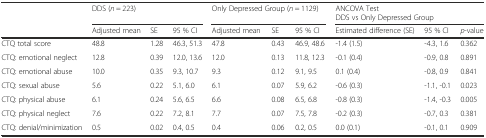
<table><thead><tr><td></td><td colspan="3"><b>DDS (<i>n</i> = 223)</b></td><td colspan="3"><b>Only Depressed Group (<i>n</i> = 1129)</b></td><td colspan="3"><b>ANCOVA TestDDS vs Only Depressed Group</b></td></tr><tr><td></td><td><b>Adjusted mean</b></td><td><b>SE</b></td><td><b>95 % CI</b></td><td><b>Adjusted mean</b></td><td><b>SE</b></td><td><b>95 % CI</b></td><td><b>Estimated difference (SE)</b></td><td><b>95 % CI</b></td><td><b><i>p</i>-value</b></td></tr></thead><tbody><tr><td>CTQ total score</td><td>48.8</td><td>1.28</td><td>46.3, 51.3</td><td>47.8</td><td>0.43</td><td>46.9, 48.6</td><td>-1.4 (1.5)</td><td>-4.3, 1.6</td><td>0.362</td></tr><tr><td>CTQ: emotional neglect</td><td>12.8</td><td>0.39</td><td>12.0, 13.6</td><td>12.0</td><td>0.13</td><td>11.8, 12.3</td><td>-0.1 (0.4)</td><td>-0.9, 0.8</td><td>0.891</td></tr><tr><td>CTQ: emotional abuse</td><td>10.0</td><td>0.35</td><td>9.3, 10.7</td><td>9.3</td><td>0.12</td><td>9.1, 9.5</td><td>0.1 (0.4)</td><td>-0.8, 0.9</td><td>0.841</td></tr><tr><td>CTQ: sexual abuse</td><td>5.6</td><td>0.22</td><td>5.1, 6.0</td><td>6.1</td><td>0.07</td><td>5.9, 6.2</td><td>-0.6 (0.3)</td><td>-1.1, -0.1</td><td>0.023</td></tr><tr><td>CTQ: physical abuse</td><td>6.1</td><td>0.24</td><td>5.6, 6.5</td><td>6.6</td><td>0.08</td><td>6.5, 6.8</td><td>-0.8 (0.3)</td><td>-1.4, -0.3</td><td>0.005</td></tr><tr><td>CTQ: physical neglect</td><td>7.6</td><td>0.22</td><td>7.2, 8.1</td><td>7.7</td><td>0.07</td><td>7.5, 7.8</td><td>-0.2 (0.3)</td><td>-0.7, 0.3</td><td>0.381</td></tr><tr><td>CTQ: denial/minimization</td><td>0.5</td><td>0.02</td><td>0.4, 0.5</td><td>0.4</td><td>0.06</td><td>0.2, 0.5</td><td>0.0 (0.1)</td><td>-0.1, 0.1</td><td>0.909</td></tr></tbody></table>